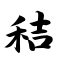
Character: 秸